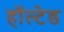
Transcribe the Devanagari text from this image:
हॉल्टेड